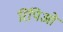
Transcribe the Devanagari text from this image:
रिपिओ